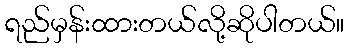
ရည်မှန်းထားတယ်လို့ဆိုပါတယ်။